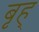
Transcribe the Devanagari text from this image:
बृह्